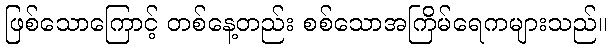
ဖြစ်သောကြောင့် တစ်နေ့တည်း စစ်သောအကြိမ်ရေကများသည်။